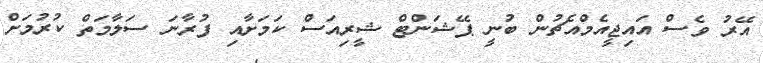
އޭރު ވެސް އައިޖީއެމްއެޗުން ބުނީ ޕޭޝަންޓް ޝީރިއަސް ކަމަށާއި ފުރާނަ ސަލާމަތް ކުރުމަށް